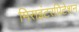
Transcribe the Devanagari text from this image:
मिसइंटरप्रिटेशन